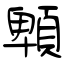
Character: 䫌